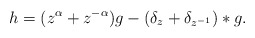
\begin{align*} h=(z^{\alpha}+z^{-\alpha})g -(\delta_{z}+\delta_{z^{-1}})\ast g. \end{align*}